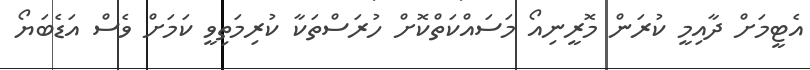
އެޓީމަށް ދާއިމީ ކުރަން މޮރީނިއޯ މަސައްކަތްކޮށް ހުރަސްތަކާ ކުރިމަތިވީ ކަމަށް ވެސް އަޑެބަޔޯ